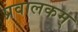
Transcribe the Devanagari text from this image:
प्रवालकम्‌